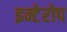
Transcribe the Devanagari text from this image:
इन्टेरोप